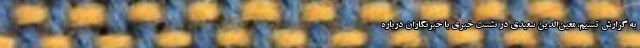
به گزارش تسنیم، معین‌الدین سعیدی در نشست خبری با خبرنگاران درباره